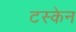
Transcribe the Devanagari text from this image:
टस्केन